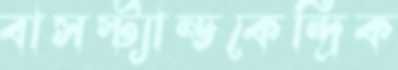
বাসস্ট্যান্ডকেন্দ্রিক